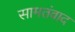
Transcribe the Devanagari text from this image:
सामतंवाद